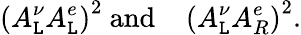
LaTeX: \left(A_{\mathtt{L}}^{\nu}A_{\mathtt{L}}^{e}\right)^{2}\mathrm{{~and~\thinspace~\thinspace~}}\left(A_{\mathtt{L}}^{\nu}A_{R}^{e}\right)^{2}.